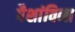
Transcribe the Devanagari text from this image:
पैशांविना